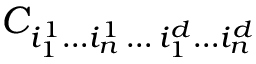
C _ { i _ { 1 } ^ { 1 } \ldots i _ { n } ^ { 1 } \, \ldots \, i _ { 1 } ^ { d } \ldots i _ { n } ^ { d } }